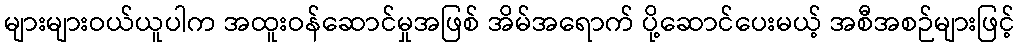
များများဝယ်ယူပါက အထူးဝန်ဆောင်မှုအဖြစ် အိမ်အရောက် ပို့ဆောင်ပေးမယ့် အစီအစဉ်များဖြင့်